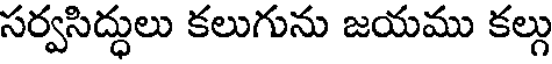
సర్వసిద్ధులు కలుగును జయము కల్గు